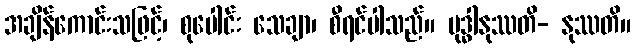
အချိန်ကောင်းသဖြင့်၊ စုပေါင်း သေချာ၊ စီရင်ပါသည်။ ဗုဒ္ဓါနုဿတိ- နုဿတိ။